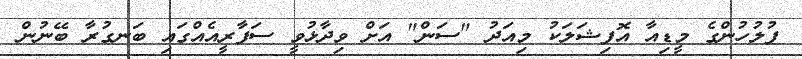
ފުލުހުންގެ މީޑިއާ އޮފިޝަލަކު މިއަދު "ސަން" އަށް ވިދާޅުވީ ސަފާރީއެއްގައި ބަނގުރާ ބޭނުން